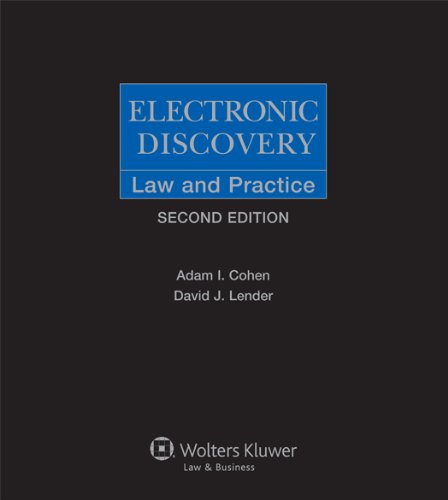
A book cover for Electronic Discovery: Law & Practice (Electronic Discovery: Law and Practice); Adam I. Cohen; Law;